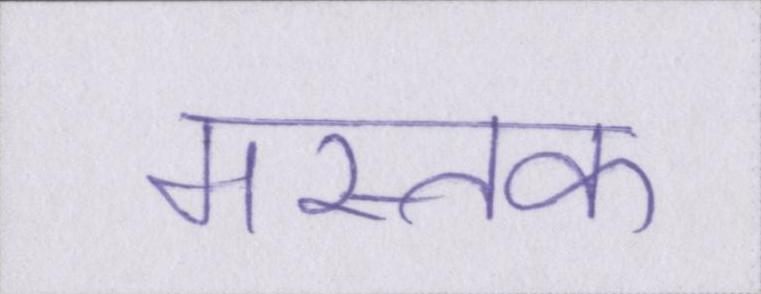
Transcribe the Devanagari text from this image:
मस्तक